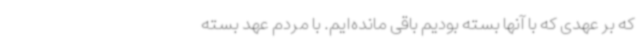
که بر عهدی که با آنها بسته بودیم باقی مانده‌ایم. با مردم عهد بسته